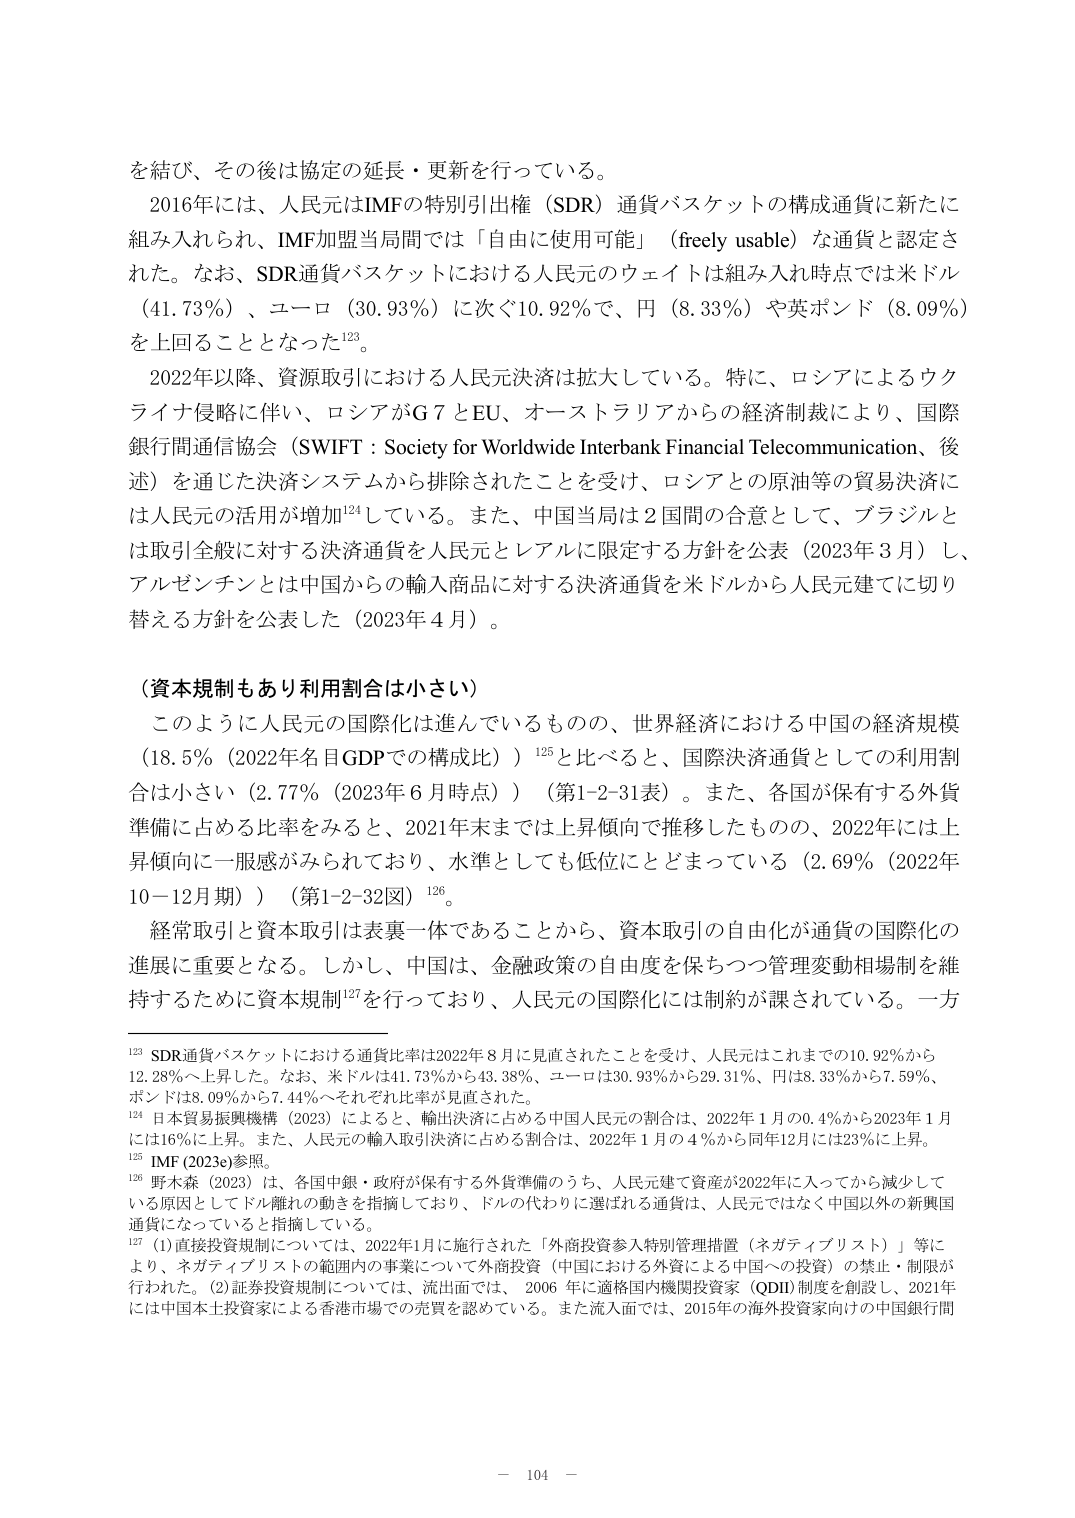
を結び、その後は協定の延長・更新を行っている。

2016年には、人民元はIMFの特別引出権（SDR）通貨バスケットの構成通貨に新たに組み入れられ、IMF加盟当局間では「自由に使用可能」（freely usable）な通貨と認定された。なお、SDR通貨バスケットにおける人民元のウェイトは組み入れ時点では米ドル（41.73％）、ユーロ（30.93％）に次ぐ10.92％で、円（8.33％）や英ポンド（8.09％）を上回ることとなった¹²³。

2022年以降、資源取引における人民元決済は拡大している。特に、ロシアによるウクライナ侵略に伴い、ロシアがG7とEU、オーストラリアからの経済制裁により、国際銀行間通信協会（SWIFT：Society for Worldwide Interbank Financial Telecommunication、後述）を通じた決済システムから排除されたことを受け、ロシアとの原油等の貿易決済には人民元の活用が増加¹²⁴している。また、中国当局は2国間の合意として、ブラジルとは取引全般に対する決済通貨を人民元とレアルに限定する方針を公表（2023年3月）し、アルゼンチンとは中国からの輸入商品に対する決済通貨を米ドルから人民元建てに切り替える方針を公表した（2023年4月）。

（資本規制もあり利用割合は小さい）

このように人民元の国際化は進んでいるものの、世界経済における中国の経済規模（18.5％（2022年名目GDPでの構成比））¹²⁵と比べると、国際決済通貨としての利用割合は小さい（2.77％（2023年6月時点））（第1-2-31表）。また、各国が保有する外貨準備に占める比率をみると、2021年末までは上昇傾向で推移したものの、2022年には上昇傾向に一服感がみられており、水準としても低位にとどまっている（2.69％（2022年10－12月期））（第1-2-32図）¹²⁶。

経常取引と資本取引は表裏一体であることから、資本取引の自由化が通貨の国際化の進展に重要となる。しかし、中国は、金融政策の自由度を保ちつつ管理変動相場制を維持するために資本規制¹²⁷を行っており、人民元の国際化には制約が課されている。一方

¹²³ SDR通貨バスケットにおける通貨比率は2022年8月に見直されたことを受け、人民元はこれまでの10.92％から12.28％へ上昇した。なお、米ドルは41.73％から43.38％、ユーロは30.93％から29.31％、円は8.33％から7.59％、ポンドは8.09％から7.44％へそれぞれ比率が見直された。

¹²⁴ 日本貿易振興機構（2023）によると、輸出決済に占める中国人民元の割合は、2022年1月の0.4％から2023年1月には16％に上昇。また、人民元の輸入取引決済に占める割合は、2022年1月の4％から同年12月には23％に上昇。

¹²⁵ IMF（2023e）参照。

¹²⁶ 野木森（2023）は、各国中銀・政府が保有する外貨準備のうち、人民元建て資産が2022年に入ってから減少している原因としてドル離れの動きを指摘しており、ドルの代わりに選ばれる通貨は、人民元ではなく中国以外の新興国通貨になっていると指摘している。

¹²⁷ （1）直接投資規制については、2022年1月に施行された「外商投資参入特別管理措置（ネガティブリスト）」等により、ネガティブリストの範囲内の事業について外商投資（中国における外資による中国への投資）の禁止・制限が行われた。（2）証券投資規制については、流出面では、2006年に適格国内機関投資家（QDII）制度を創設し、2021年には中国本土投資家による香港市場での売買を認めている。また流入面では、2015年の海外投資家向けの中国銀行間

－ 104 －